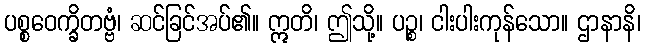
ပစ္စဝေက္ခိတဗ္ဗံ၊ ဆင်ခြင်အပ်၏။ ဣတိ၊ ဤသို့။ ပဉ္စ၊ ငါးပါးကုန်သော။ ဌာနာနိ၊